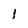
Character: 1